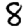
Digit: 8